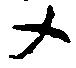
メ